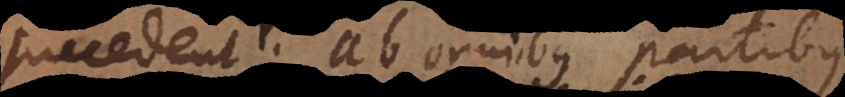
succedent; ab omnibus partibus